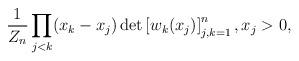
LaTeX: \begin{align*} \frac{1}{Z_n} \prod_{j<k} (x_k-x_j) \det \left[ w_k(x_j) \right]_{j,k=1}^n, x_j > 0, \end{align*}